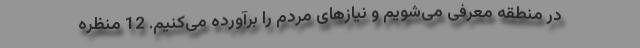
در منطقه معرفی می‌شویم و نیازهای مردم را برآورده می‌کنیم. 12 منظره